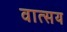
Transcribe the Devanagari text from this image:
वात्सय